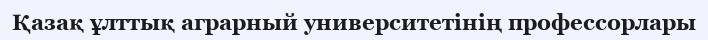
Қазақ ұлттық аграрный университетінің профессорлары